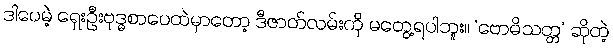
ဒါပေမဲ့ ရှေးဦးဗုဒ္ဓစာပေထဲမှာတော့ ဒီဇာတ်လမ်းကို မတွေ့ရပါဘူး။ ‘ဗောဓိသတ္တ’ ဆိုတဲ့